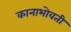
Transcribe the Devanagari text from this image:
कानाभोवती